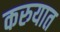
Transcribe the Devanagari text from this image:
करुयात